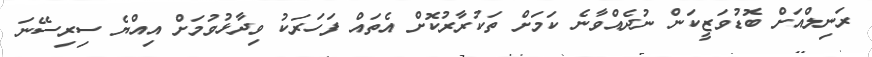
ރަނިލްއަށް ބޮޑުވަޒީކަން ނުދެއްވާނެ ކަމަށް ތަކުރާރުކޮށް އެތައް ފަހަރަކު ވިދާޅުވުމަށް އިއްޔެ ސިރިސޭނަ